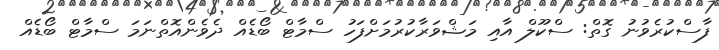
ފާސްކުރެވުނު ގޮތް: ސްކޫލް އާއި މަޝްވަރާކުރުމަށްފަހު ސްމާޓް ބޯޑެއް ދެވެންއޮތްނަމަ ސްމާޓް ބޯޑެއް